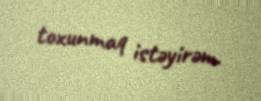
toxunmaq istəyirəm.